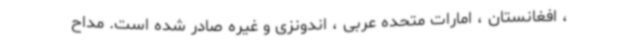
، افغانستان ، امارات متحده عربی ، اندونزی و غیره صادر شده است. مداح